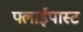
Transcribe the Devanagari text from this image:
फ्लाईपास्ट